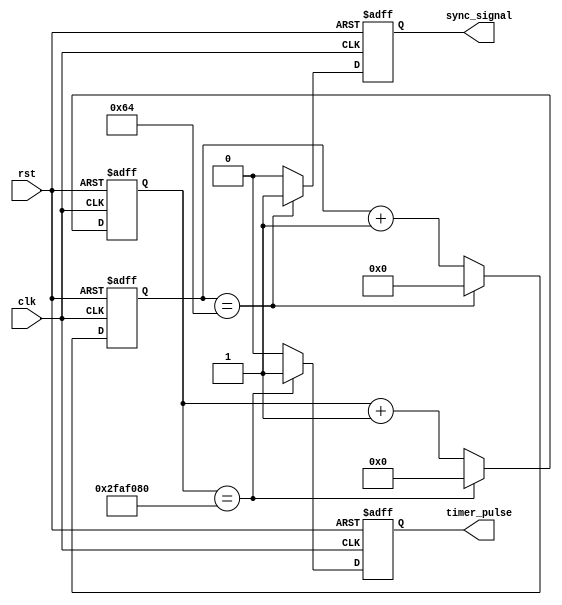
module RTC_timer (
    input wire clk,  // Clock input signal
    input wire rst,  // Reset signal
    output reg timer_pulse, // Pulse signal generated by timing control block
    output reg sync_signal   // Synchronization signal generated by synchronization block
);

reg [31:0] timer_counter;  // Counter for timing control block
reg [7:0] sync_counter;    // Counter for synchronization block

parameter TIMER_THRESHOLD = 50000000; // Interval for timer pulse generation
parameter SYNC_THRESHOLD = 100;        // Interval for synchronization signal generation

always @(posedge clk or posedge rst) begin
    if (rst) begin
        timer_counter <= 0;
        sync_counter <= 0;
        timer_pulse <= 0;
        sync_signal <= 0;
    end else begin
        timer_counter <= timer_counter + 1;
        sync_counter <= sync_counter + 1;
        
        if (timer_counter == TIMER_THRESHOLD) begin
            timer_pulse <= 1;
            timer_counter <= 0;
        end else begin
            timer_pulse <= 0;
        end
        
        if (sync_counter == SYNC_THRESHOLD) begin
            sync_signal <= 1;
            sync_counter <= 0;
        end else begin
            sync_signal <= 0;
        end
    end
end

endmodule